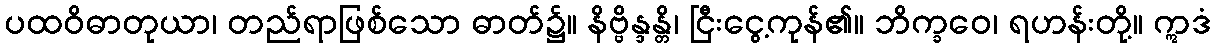
ပထဝိဓာတုယာ၊ တည်ရာဖြစ်သော ဓာတ်၌။ နိဗ္ဗိန္ဒန္တိ၊ ငြီးငွေ့ကုန်၏။ ဘိက္ခဝေ၊ ရဟန်းတို့။ ဣဒံ